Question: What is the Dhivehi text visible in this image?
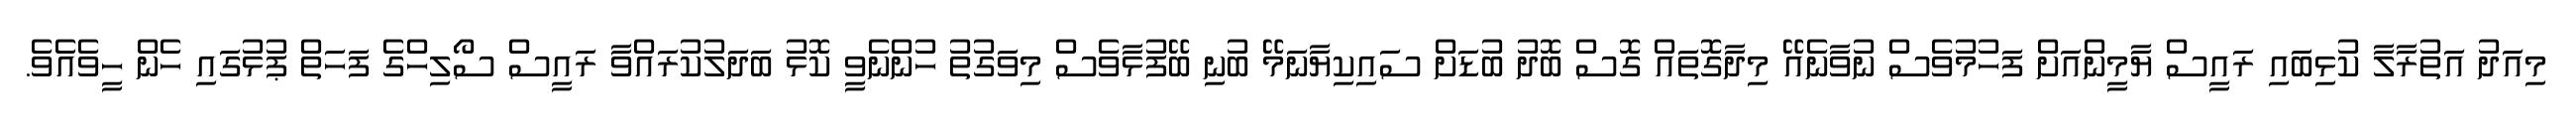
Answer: މިއަދު އަތުރާލާ ކުޅިބައި ރައީސް ޔާމީންއަށް ފަހުމުވެސް ނުވާނެއޭ މިދާގޮތައް ގޮސް ބޮދު ބުޑަށް ސައިކިޔާނަމޭ ބުނި ބޭފުޅާވެސް މިވަގުތު ހުންނެވީ ކޮޅު ބަދަލުކުރައްވާ ރައީސް ސޯލިހްގެ ފަހަތް ޕުޅުގައި ހެން ހީވެއެވެ.